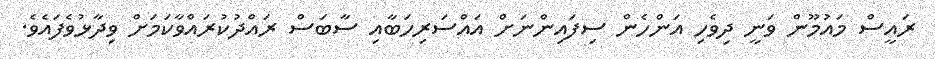
ރައީސް މައުމޫން ވަނީ ދިވެހި އަންހެން ސިފައިންނަށް އައްސަރިހަބާއި ސާބަސް ރައްދުކުރައްވާކަމަށް ވިދާޅުވެފައެވެ.